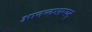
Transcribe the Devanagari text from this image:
आनन्दभाष्यम्